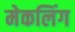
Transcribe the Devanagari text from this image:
मेकलिंग